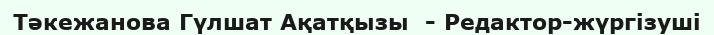
Тәкежанова Гүлшат Ақатқызы  - Редактор-жүргізуші